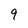
Character: 9